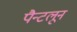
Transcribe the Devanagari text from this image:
पैन्टलून